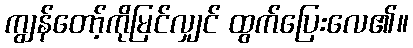
ကျွန်တော့်ကိုမြင်လျှင် ထွက်ပြေးလေ၏။